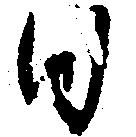
日